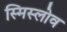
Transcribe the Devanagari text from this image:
स्मिस्लोव